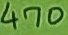
Text: 470